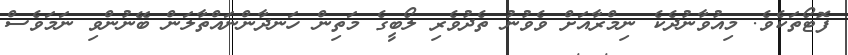
ފޮޓޯތަކެވެ. މިއުވާނުދެކެ ނިމްރާއަށް ވެވުނު ތެދުވެރި ލޯބީގެ މަތިން ހަނދާންނައްތާލަން ބޭނުންވި ނަމަވެސް